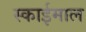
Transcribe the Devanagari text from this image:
स्काईमाल